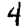
Digit: 4